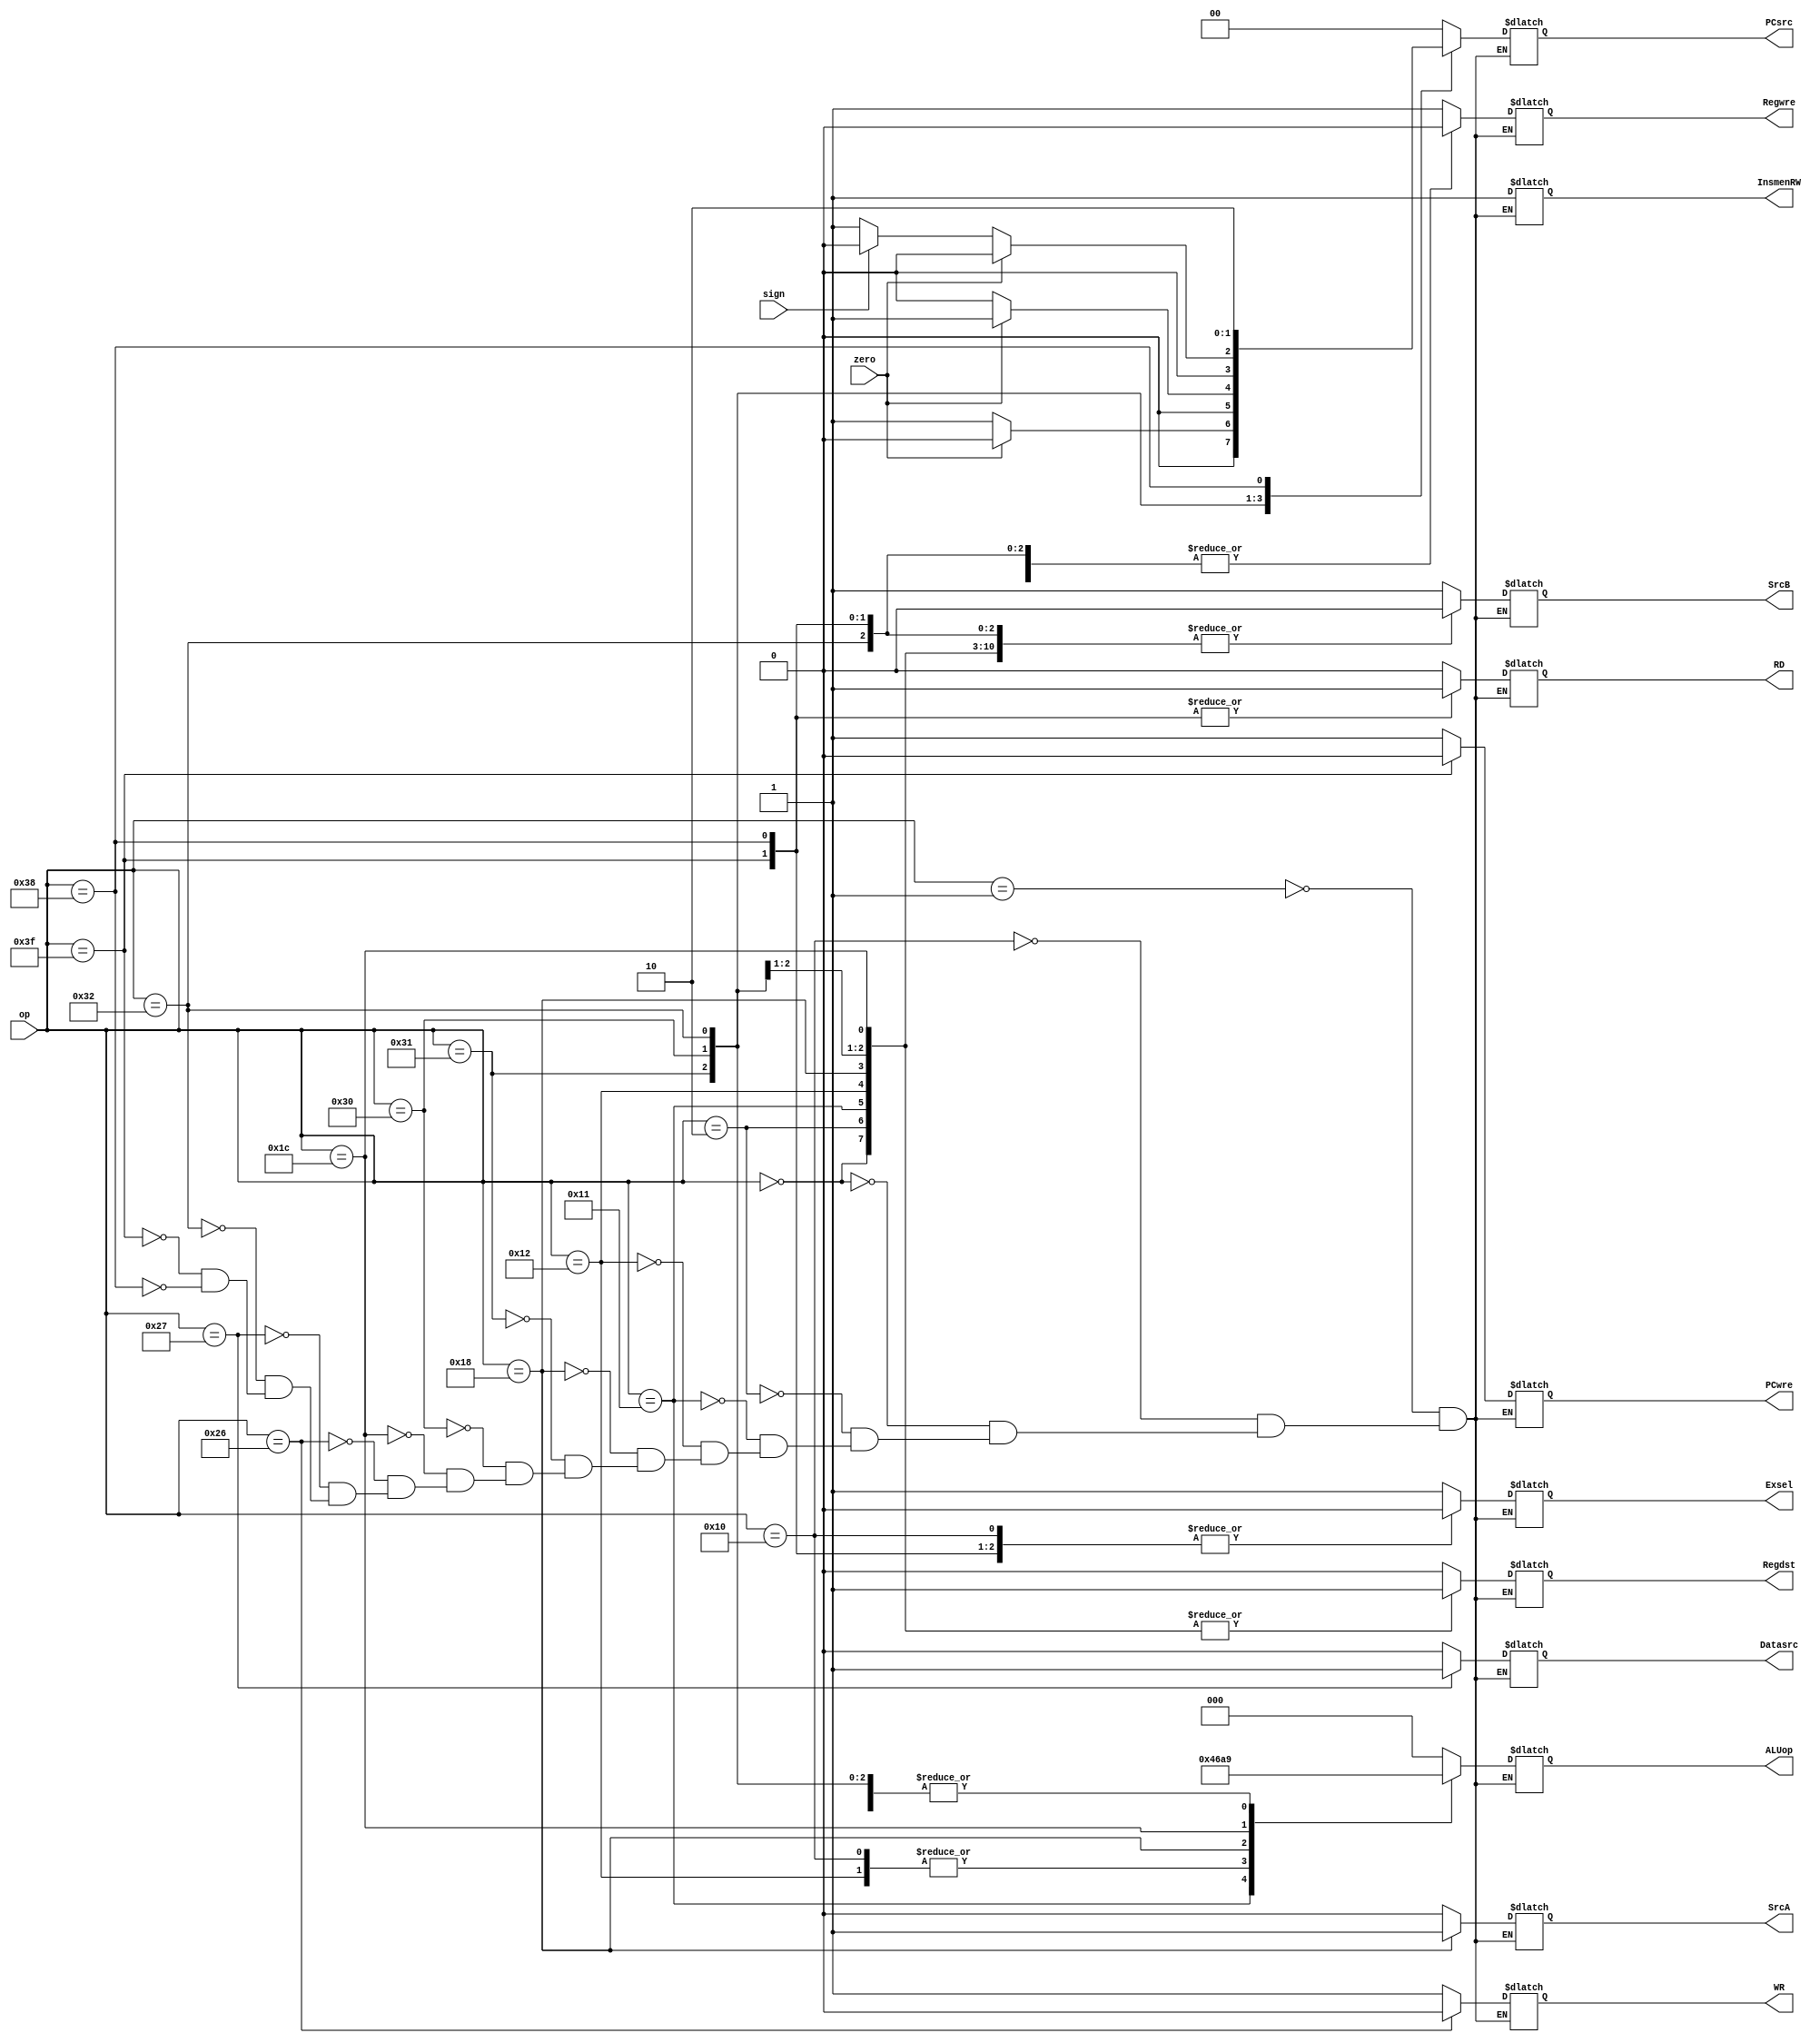
`timescale 1ns / 1ps
//////////////////////////////////////////////////////////////////////////////////
// Company: 
// Engineer: 
// 
// Design Name: 
// Module Name: ControlUnit1
// Project Name: 
// Target Devices: 
// Tool Versions: 
// Description: 
// 
// Dependencies: 
// 
// Revision:
// Revision 0.01 - File Created
// Additional Comments:
// 
//////////////////////////////////////////////////////////////////////////////////


module ControlUnit1
(
 input sign,
 input zero,
 input [5:0] op,
 
 output reg Exsel,//   1-  0-
 output reg PCwre,// 0- 1-
 output reg InsmenRW,//InstructionMemory 0- 1-
 output reg Regdst,//rtrd 0-rt  1-rd
 output reg Regwre,// 0- 1- 
 output reg [2:0] ALUop,//ALU
 output reg SrcA,// 0-data1 1-sa
 output reg SrcB,//0-data2  1-
 output reg [1:0] PCsrc,//pci 0-pc+4  1-bnebeq   2-jump
 output reg RD,//1-
 output reg WR,//1-
 output reg Datasrc// 0-ALU 1-
);
 
initial begin

Exsel=0;
PCwre=1;
InsmenRW=1;
Regdst=1;
Regwre=0;
ALUop=0;
SrcA=0;
SrcB=0;
PCsrc=0;
RD=1;
WR=1;
Datasrc=0;
end
 
always@(op or zero)
begin
  case(op)
  6'b000001: //addi
  	begin
    Exsel=1;
	PCwre=1;
	InsmenRW=1;
	Regdst=0;
	Regwre=1;
	ALUop=0;
	SrcA=0;
	SrcB=1;
	PCsrc=0;
	RD=0;
	WR=1;
	Datasrc=0;
    end
   6'b010000: //ori
    begin
    Exsel=0;
	PCwre=1;
	InsmenRW=1;
	Regdst=0;
	Regwre=1;
	ALUop=3;
	SrcA=0;
	SrcB=1;
	PCsrc=0;
	RD=0;
	WR=1;
	Datasrc=0;
    end
   6'b000000://add
   	begin
    Exsel=0;
	PCwre=1;
	InsmenRW=1;
	Regdst=1;
	Regwre=1;
	ALUop=0;
	SrcA=0;
	SrcB=0;
	PCsrc=0;
	RD=0;
	WR=1;
	Datasrc=0;
    end
   6'b000010: //sub
    begin
    Exsel=0;
	PCwre=1;
	InsmenRW=1;
	Regdst=1;
	Regwre=1;
	ALUop=1;
	SrcA=0;
	SrcB=0;
	PCsrc=0;
	RD=0;
	WR=1;
	Datasrc=0;
    end
   6'b010001: //and
    begin
    Exsel=0;
	PCwre=1;
	InsmenRW=1;
	Regdst=1;
	Regwre=1;
	ALUop=4;
	SrcA=0;
	SrcB=0;
	PCsrc=0;
	RD=0;
	WR=1;
	Datasrc=0;
    end
   6'b010010:  //or
    begin
    Exsel=0;
	PCwre=1;
	InsmenRW=1;
	Regdst=1;
	Regwre=1;
	ALUop=3;
	SrcA=0;
	SrcB=0;
	PCsrc=0;
	RD=0;
	WR=1;
	Datasrc=0;
    end
   6'b011000:  //sll
    begin
    Exsel=0;
	PCwre=1;
	InsmenRW=1;
	Regdst=1;
	Regwre=1;
	ALUop=2;
	SrcA=1;
	SrcB=0;
	PCsrc=0;
	RD=0;
	WR=1;
	Datasrc=0;
    end	  
   6'b110001: //bne
    begin
    Exsel=1;
	PCwre=1;
	InsmenRW=1;
	Regdst=1;
	Regwre=1;
	ALUop=1;
	SrcA=0;
	SrcB=0;
	RD=0;
	WR=1;
	Datasrc=0;
	if(zero==1)
	PCsrc=0;
	else
	PCsrc=1;
    end	
	6'b110000: //beq
    begin
    Exsel=1;
	PCwre=1;
	InsmenRW=1;
	Regdst=1;
	Regwre=1;
	ALUop=1;
	SrcA=0;
	SrcB=0;
	RD=0;
	WR=1;
	Datasrc=0;
	if(zero==1)
	PCsrc=1;
	else
	PCsrc=0;
    end	
    6'b011100: //slt
    begin
    Exsel=0;
	PCwre=1;
	InsmenRW=1;
	Regdst=1;
	Regwre=1;
	ALUop=5;
	SrcA=0;
	SrcB=0;
	PCsrc=0;
	RD=0;
	WR=1;
	Datasrc=0;
    end	  
    6'b100110:  //sw
    begin
    Exsel=1;
	PCwre=1;
	InsmenRW=1;
	Regdst=0;
	Regwre=0;
	ALUop=0;
	SrcA=0;
	SrcB=1;
	PCsrc=0;
	RD=0;
	WR=0;
	Datasrc=0;
    end	 
	6'b100111:  //lw
	begin
    Exsel=1;
	PCwre=1;
	InsmenRW=1;
	Regdst=0;
	Regwre=1;
	ALUop=0;
	SrcA=0;
	SrcB=1;
	PCsrc=0;
	RD=0;
	WR=1;
	Datasrc=1;
    end	 
	6'b110010:  //btgz
	begin
    Exsel=1;
	PCwre=1;
	InsmenRW=1;
	Regdst=0;
	Regwre=0;
	ALUop=1;
	SrcA=0;
	SrcB=0;
	RD=0;
	WR=1;
	Datasrc=0;
	if(zero==1)
	PCsrc=0;
	else if(sign==0)
	PCsrc=1;
	else
	PCsrc=0;
    end
	6'b111111: //half
	begin
    Exsel=0;
	PCwre=0;
	InsmenRW=1;
	Regdst=0;
	Regwre=0;
	ALUop=0;
	SrcA=0;
	SrcB=0;
	PCsrc=0;
	RD=1;
	WR=1;
	Datasrc=0;
    end
	6'b111000:  //j
    begin
    Exsel=0;
	PCwre=1;
	InsmenRW=1;
	Regdst=0;
	Regwre=0;
	ALUop=0;
	SrcA=0;
	SrcB=0;
	PCsrc=2;
	RD=1;
	WR=1;
	Datasrc=0;
    end
   endcase	 	 	   
end 
endmodule